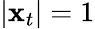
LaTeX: |{\mathbf x}_{t}|=1